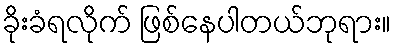
ခိုးခံရလိုက် ဖြစ်နေပါတယ်ဘုရား။